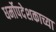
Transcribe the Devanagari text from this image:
धर्मोपदेशकाच्या